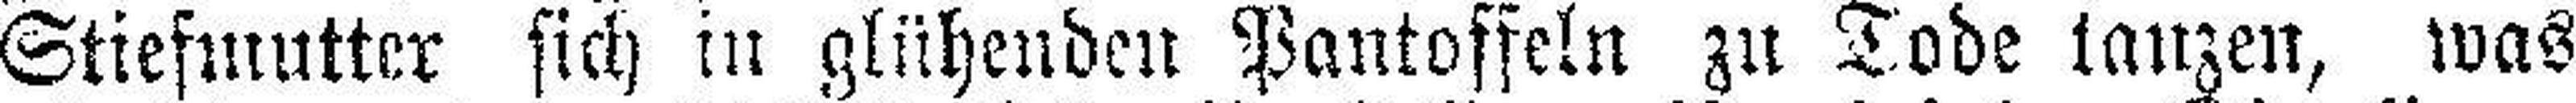
Stiefmutter sich in glühenden Pantoffeln zu Tode tanzen, was